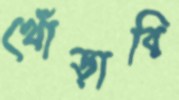
খোঁড়াবি